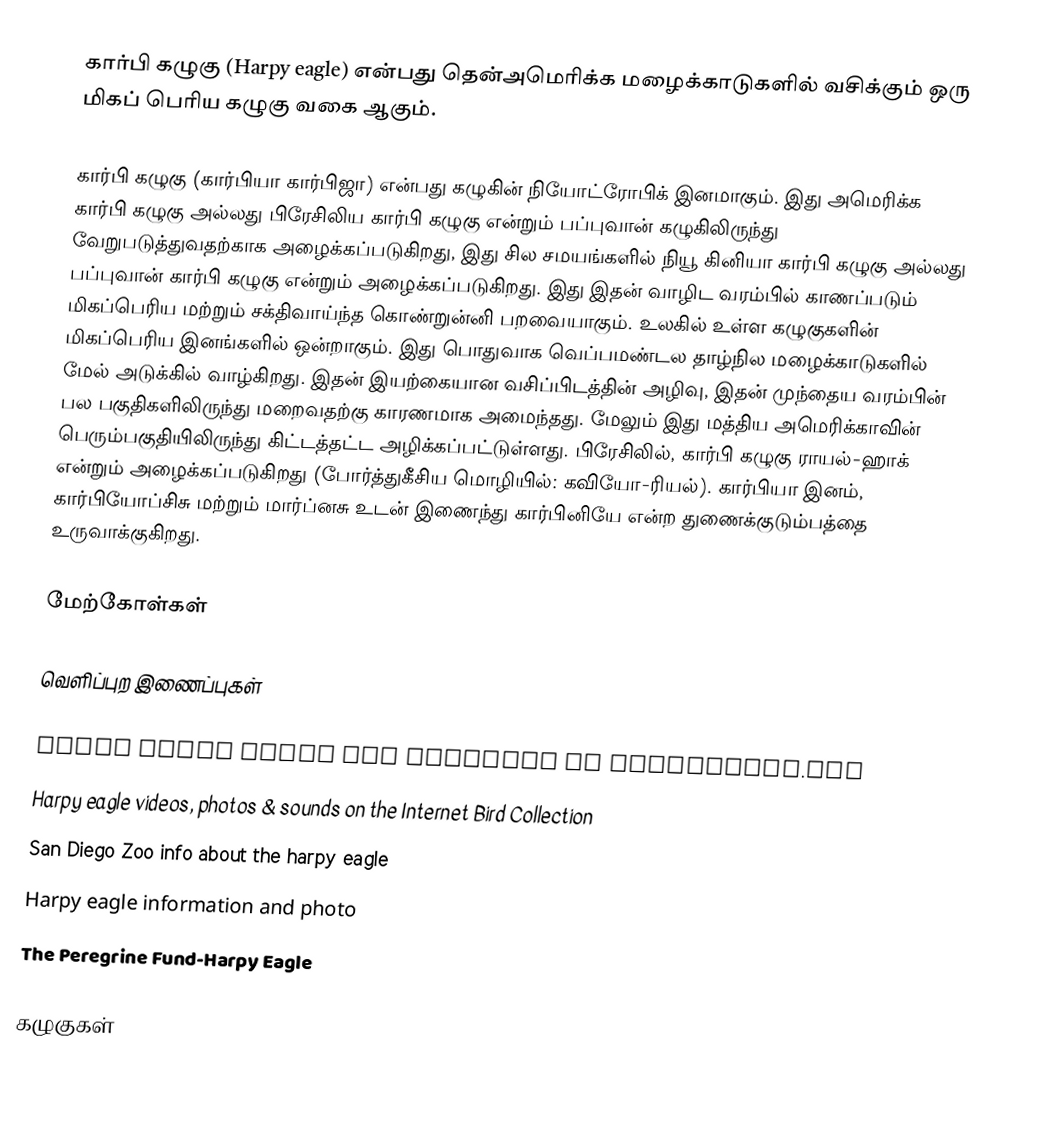
கார்பி கழுகு (Harpy eagle) என்பது தென்அமெரிக்க மழைக்காடுகளில் வசிக்கும் ஒரு மிகப் பெரிய கழுகு வகை ஆகும்.

கார்பி கழுகு (கார்பியா கார்பிஜா) என்பது கழுகின் நியோட்ரோபிக் இனமாகும். இது அமெரிக்க கார்பி கழுகு அல்லது பிரேசிலிய கார்பி கழுகு என்றும் பப்புவான் கழுகிலிருந்து வேறுபடுத்துவதற்காக அழைக்கப்படுகிறது, இது சில சமயங்களில் நியூ கினியா கார்பி கழுகு அல்லது பப்புவான் கார்பி கழுகு என்றும் அழைக்கப்படுகிறது. இது இதன் வாழிட வரம்பில் காணப்படும் மிகப்பெரிய மற்றும் சக்திவாய்ந்த கொண்றுன்னி பறவையாகும். உலகில் உள்ள கழுகுகளின் மிகப்பெரிய இனங்களில் ஒன்றாகும். இது பொதுவாக வெப்பமண்டல தாழ்நில மழைக்காடுகளில் மேல் அடுக்கில் வாழ்கிறது. இதன் இயற்கையான வசிப்பிடத்தின் அழிவு, இதன் முந்தைய வரம்பின் பல பகுதிகளிலிருந்து மறைவதற்கு காரணமாக அமைந்தது. மேலும் இது மத்திய அமெரிக்காவின் பெரும்பகுதியிலிருந்து கிட்டத்தட்ட அழிக்கப்பட்டுள்ளது. பிரேசிலில், கார்பி கழுகு ராயல்-ஹாக் என்றும் அழைக்கப்படுகிறது (போர்த்துகீசிய மொழியில்: கவியோ-ரியல்).  கார்பியா இனம், கார்பியோப்சிசு மற்றும் மார்ப்னசு உடன் இணைந்து கார்பினியே என்ற துணைக்குடும்பத்தை உருவாக்குகிறது.

மேற்கோள்கள்

வெளிப்புற இணைப்புகள்

 Harpy eagle Facts and Pictures on AnimalSpot.net
 Harpy eagle videos, photos & sounds on the Internet Bird Collection
 San Diego Zoo info about the harpy eagle
 Harpy eagle information and photo
 The Peregrine Fund-Harpy Eagle

கழுகுகள்